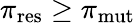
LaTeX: \pi_{\mathrm{res}}\geq\pi_{\mathrm{mut}}